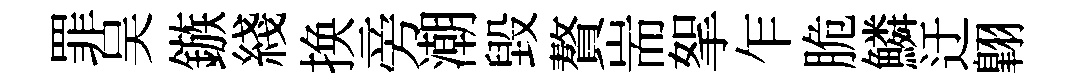
罪吴鏃綫换旁潮毀贅耑挐乍脆鱗迂翺